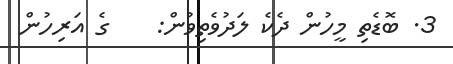
3. ބޮޑެތި މީހުން ދެކެ ލަދުވެތިވުން:    ގެ އަރިހުން